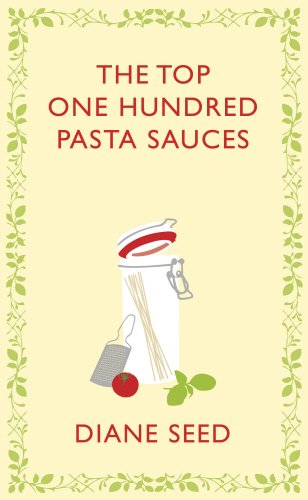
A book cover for The Top One Hundred Pasta Sauces (Square Peg Cookery Classics); Diane Seed; Cookbooks, Food & Wine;